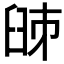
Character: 𦥥